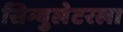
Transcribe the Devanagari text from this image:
सिम्युलेटरला